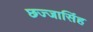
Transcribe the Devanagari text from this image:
छज्जासिंह